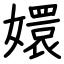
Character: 嬛